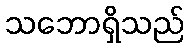
သဘောရှိသည်